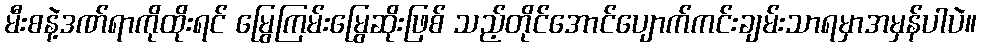
မီးစနဲ့ဒဏ်ရာကိုထိုးရင် မြွေကြမ်းမြွေဆိုးဖြစ် သည့်တိုင်အောင်ပျောက်ကင်းချမ်းသာရမှာအမှန်ပါပဲ။